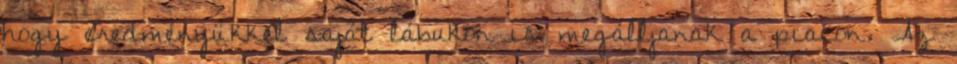
hogy eredményükkel saját lábukon is megálljanak a piacon. Az